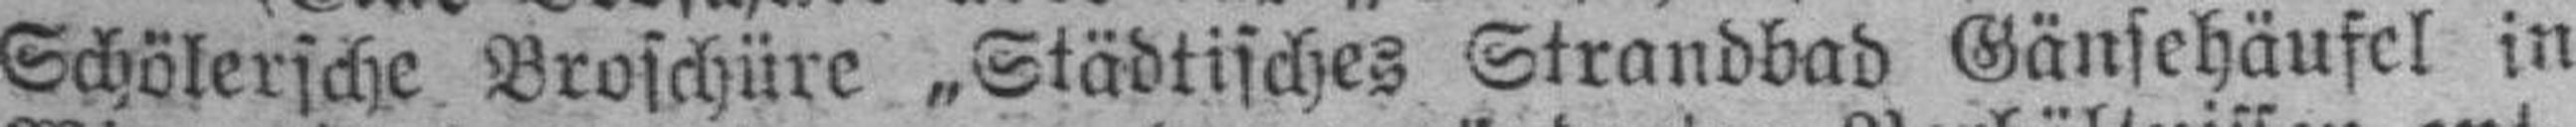
Schölersche Broschüre „Städtisches Strandbad Gänsehäufel in